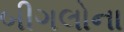
બીગલોના